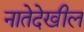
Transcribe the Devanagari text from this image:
नातेदेखील